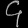
Digit: ၄